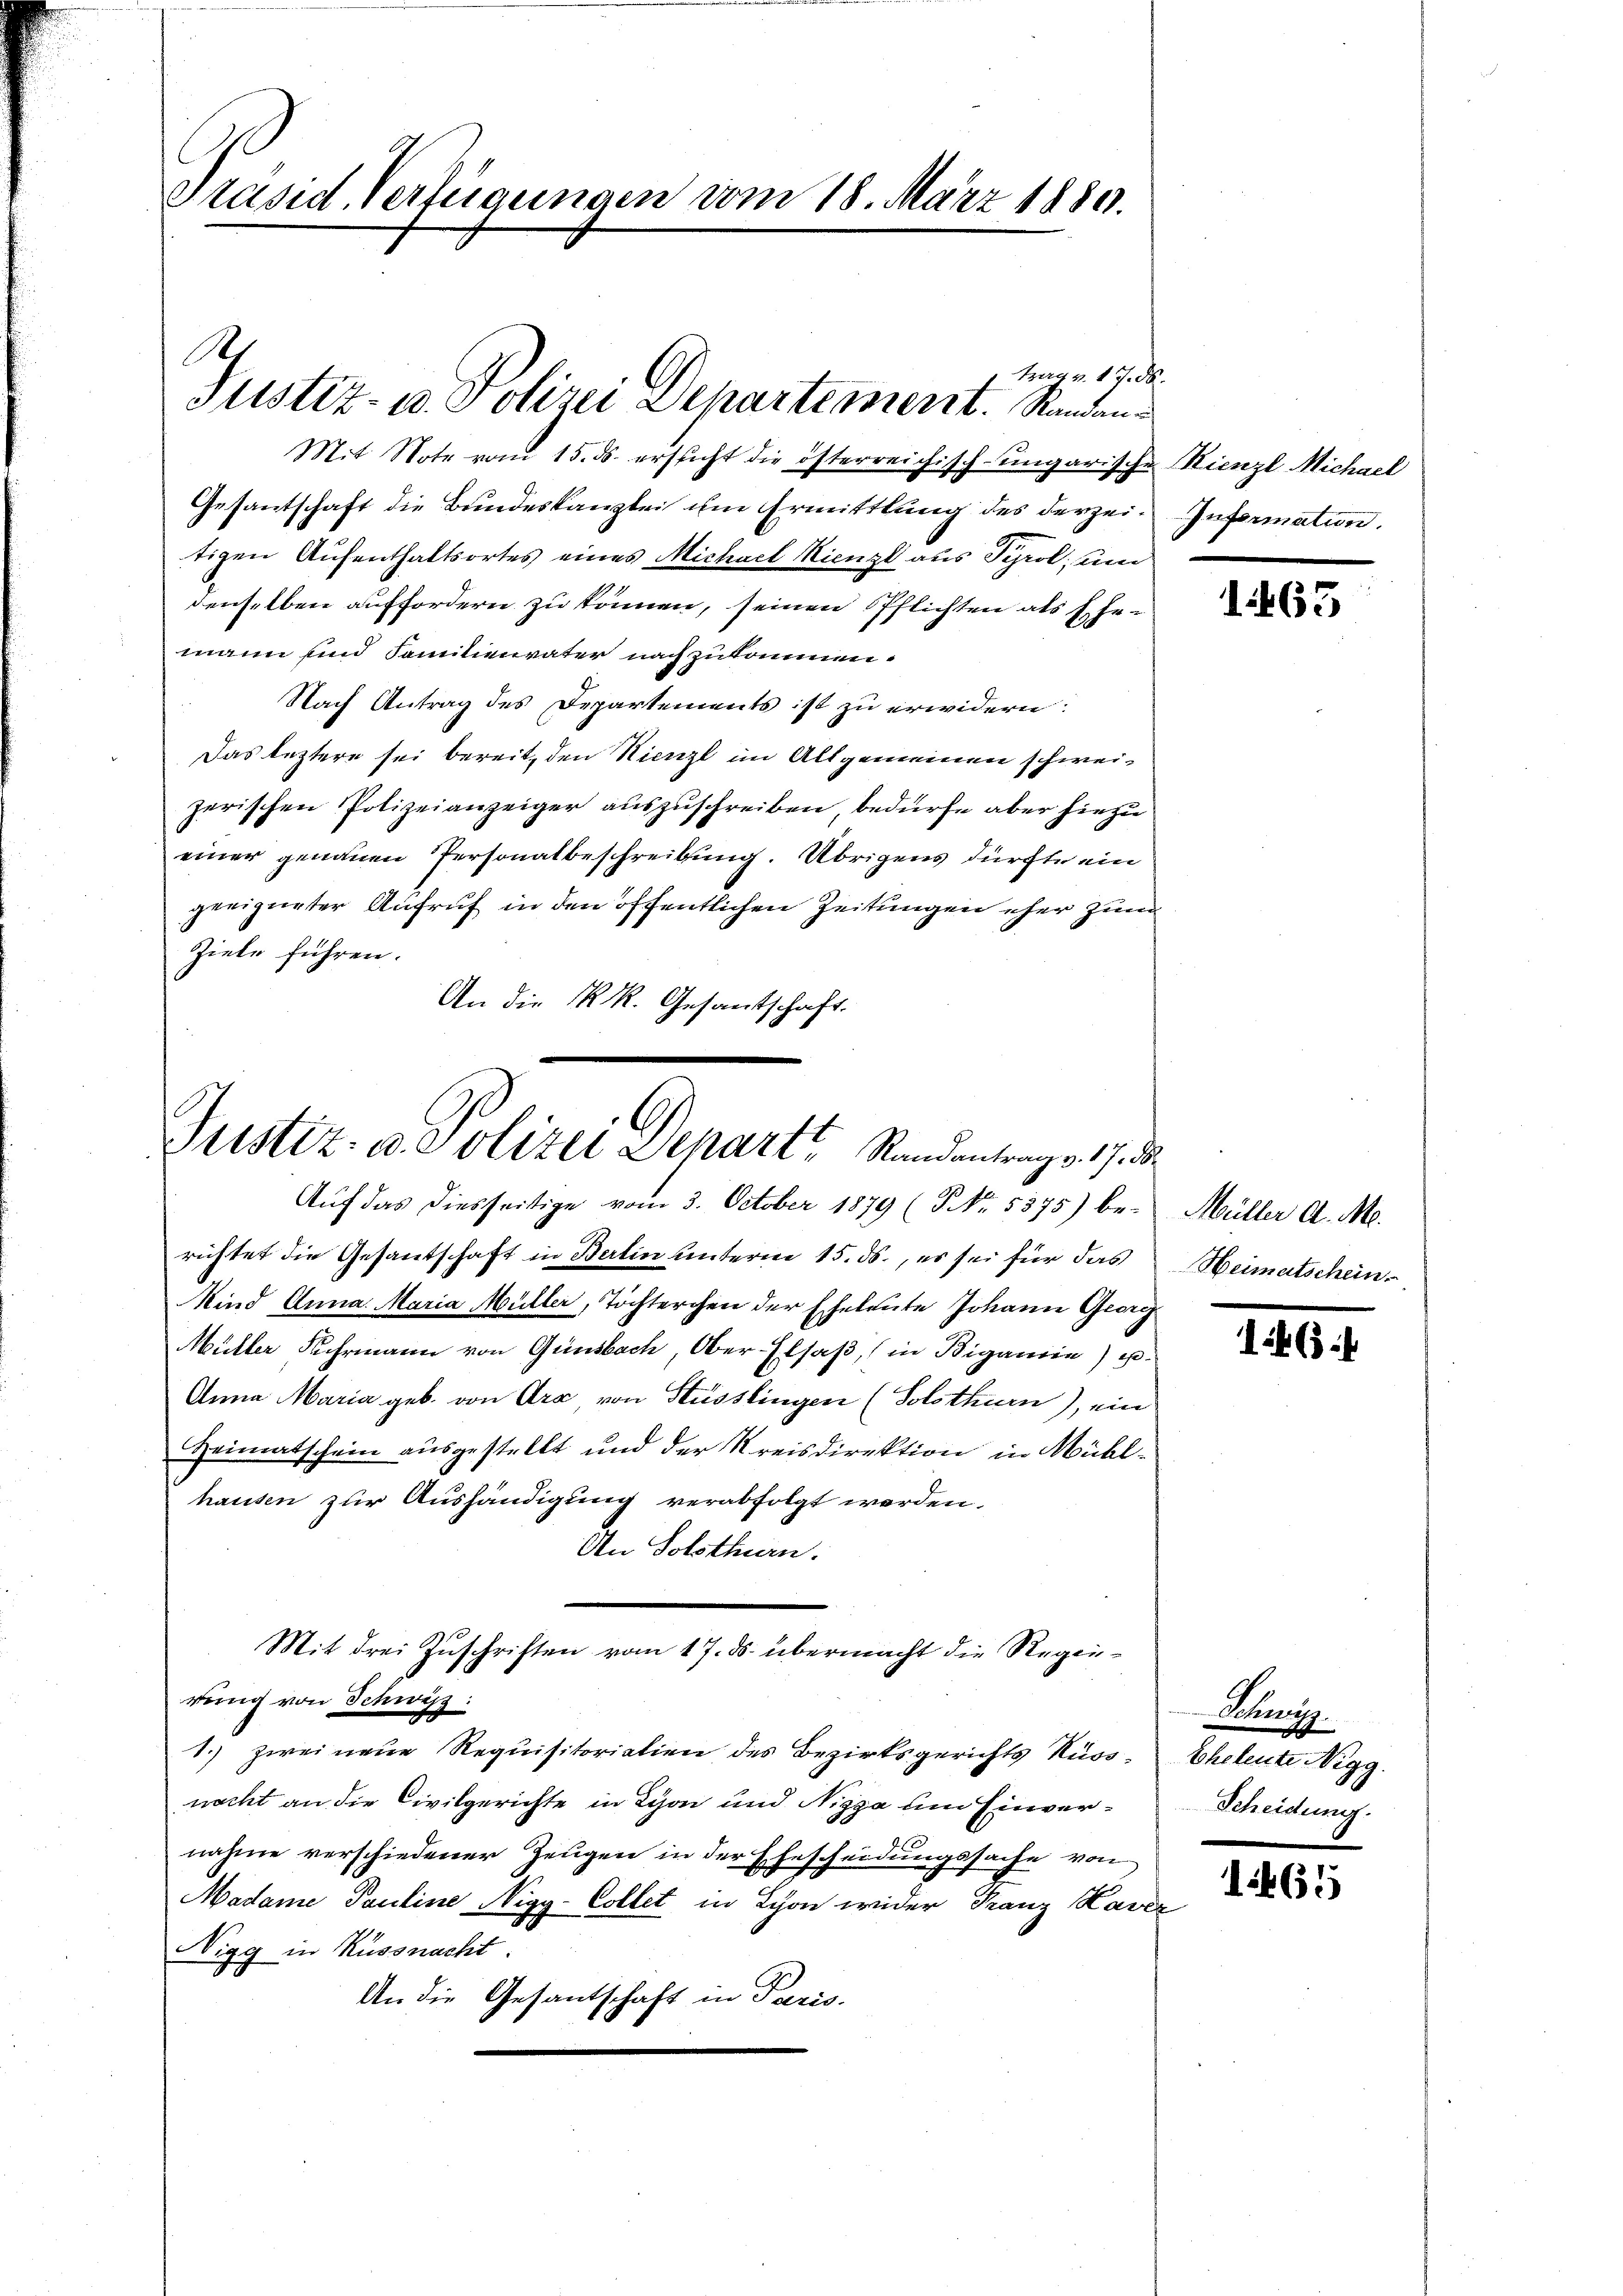
Präsid. Verfügungen vom 18. März 1880.

As
trage 17. d.
Justiz- u. Polizei Departement. Randan

Mit Note vom 15. ds. ersticht die österreichisch-ungarische Hienzl Michael
Gesantschaft die Bundeskanzlei um Ermittlung des derzei- Information.
tigen Aufenthaltsortes eines Michael Kienzl aus Syrol, um
denselben auffordern zu können, seinen Pflichten als Ehemann und Familienvater nachzukommen.
Nach Antrag des Departements ist zu erwidern:
Das letztere sei bereit, den Kinzl im Allgemeinen schweizerischen Polizeianzeiger auszuschreiben, bedürfe aber hiezu
einer genauen Personalbeschreibung. Übrigens dürfte ein
geeigneter Aufruf in den öffentlichen Zeitungen eher zum
Ziele führen.
An die K. R. Gesantschaft.

Justiz- u. Polizei Departe Randentrags 17. d.
Auf das diesseitige vom 3. October 1879 (PNNo. 5375) be-

richtet die Gesantschaft in Berlin unterm 15. ds., es sei für das
Kind Anna Maria Müller, Tochterchen der Eheleute Johann Georg
Müller Kehrmann von Ginsbach, Ober-Elsaß, (in Bigarnie) u.
Anna Maria geb. von Ara, von Stüsslingen (Solothurn), ein
Heimatschein ausgestellt und der Kreisdirektion in Mühlhausen zur Aushändigung verabfolgt werden.
An Solothurn.
Mit drei Zuschriften vom 17. ds. übermacht die Regenrung von Schwyz:
1.) zwei neue Requisitoriation des Bezirksgerichts Russnacht an die Civilgerichte in Lyon und Nizza um Einvernahme verschiedener Zeugen in der Ehescheidungssache von
Madame Pauline Nigg-Collet in Schon wider Franz Kaver
Nigg in Küssnacht.
An die Gesantschaft in Paris.

1463

Müller A. M.
Heimatschein.

63

Sonnen.
Eheleute Nigg.
Scheidung.

1265